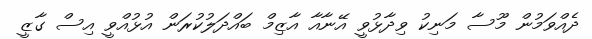
ދެއްވަމުން މޫސާ މަނިކު ވިދާޅުވީ އޭނާއާ އާޒިމް ބައްދަލުކުރަން އުޅުއްވީ އިސް ގާޒީ